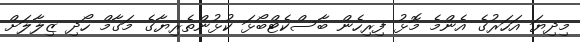
މިދިޔަ އަހަރުގެ އެންމެ މޮޅު ފިރިހެން ބާސްކެޓްބޯޅަ ކުޅުންތެރިޔާގެ މަގާމް ހޯދި ޒިލާލަށް